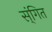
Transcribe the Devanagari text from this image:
स्ंगित